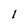
Character: l